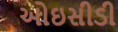
ઓઇસીડી